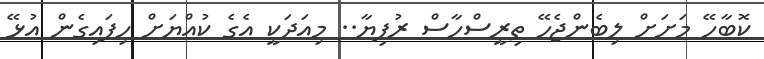
ކޮބާހޭ މަށަށް ލިބެންޖެހޭ ތިރީސްހާސް ރުފިޔާ.. މިއަދަކީ އެގެ ކުއްޔަށް ހިފައިގެން އުޅޭ